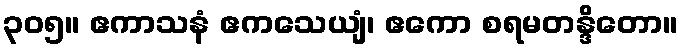
၃၀၅။ ဧကာသနံ ဧကသေယျံ၊ ဧကော စရမတန္ဒိတော။